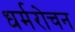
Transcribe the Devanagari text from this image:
धर्मरोचन